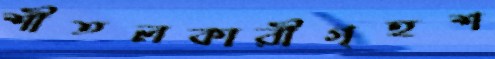
শীতলকারীগৃহশ